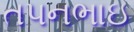
તપનભાઇ